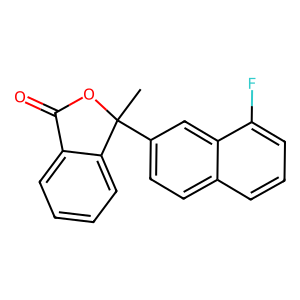
SMILES: CC1(c2ccc3cccc(F)c3c2)OC(=O)c2ccccc21
Inhibits HIV replication: No